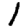
Digit: 1